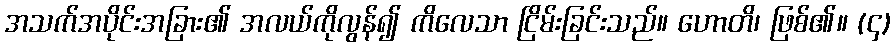
အသက်အပိုင်းအခြား၏ အလယ်ကိုလွန်၍ ကိလေသာ ငြိမ်းခြင်းသည်။ ဟောတိ၊ ဖြစ်၏။ (၄)